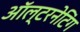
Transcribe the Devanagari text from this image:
ऑल्टरनेटिंग